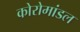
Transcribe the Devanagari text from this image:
कोरोमांडल